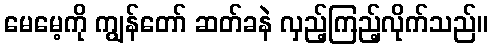
မေမေ့ကို ကျွန်တော် ဆတ်ခနဲ လှည့်ကြည့်လိုက်သည်။